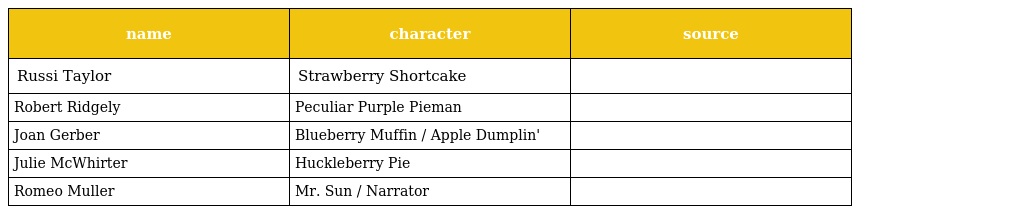
| name | character | source |
 | --- | --- | --- |
 | Russi Taylor | Strawberry Shortcake |  |
 | Robert Ridgely | Peculiar Purple Pieman |  |
 | Joan Gerber | Blueberry Muffin / Apple Dumplin' |  |
 | Julie McWhirter | Huckleberry Pie |  |
 | Romeo Muller | Mr. Sun / Narrator |  |